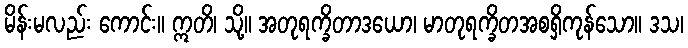
မိန်းမလည်း ကောင်း။ ဣတိ၊ သို့။ အတုရက္ခိတာဒယော၊ မာတုရက္ခိတအစရှိကုန်သော။ ဒသ၊